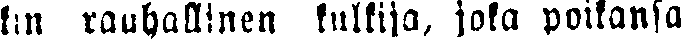
kin rauhallinen kulkija, joka poikansa